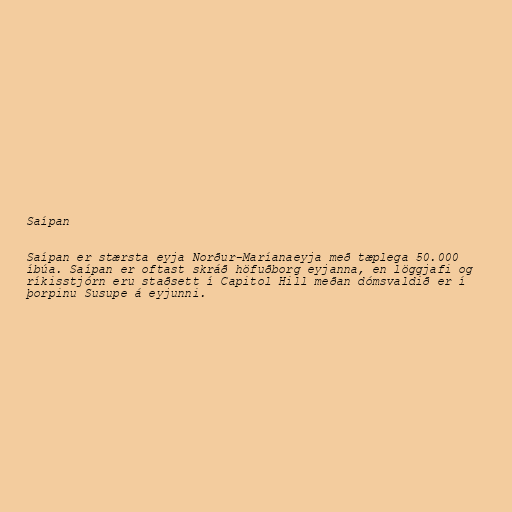
Saípan

Saípan er stærsta eyja Norður-Maríanaeyja með tæplega 50.000
íbúa. Saípan er oftast skráð höfuðborg eyjanna, en löggjafi og
ríkisstjórn eru staðsett í Capitol Hill meðan dómsvaldið er í
þorpinu Susupe á eyjunni.